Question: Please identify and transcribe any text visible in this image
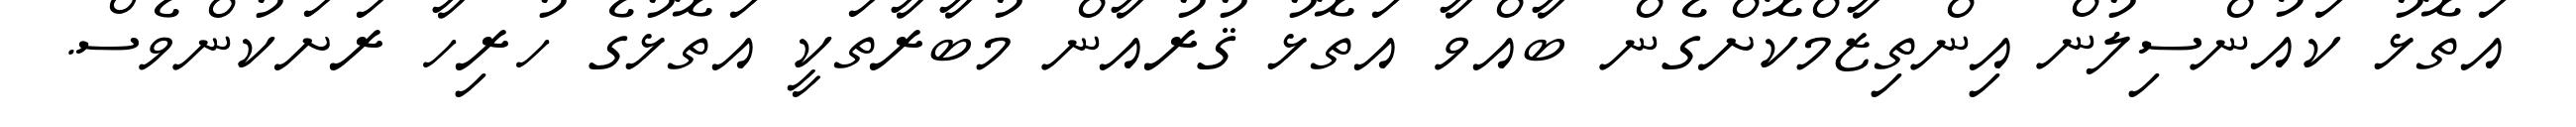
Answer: އަތޮޅު ކައުންސިލުން އިންތިޒާމްކޮށްގެން ބާއްވާ އަތޮޅު ޤުރުއާން މުބާރާތަކީ އަތޮޅުގެ ހުރިހާ ރަށަކުންވެސް.